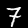
Label: 7